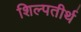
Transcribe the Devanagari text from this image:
शिल्पतीर्थ